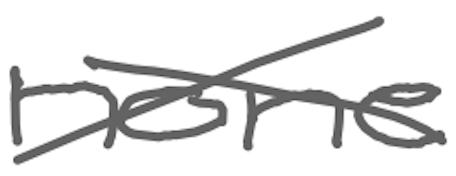
Text: none
Cross-out: cross
Writing tool: digital_gray